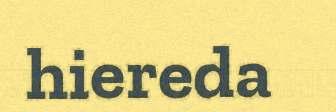
hiereda